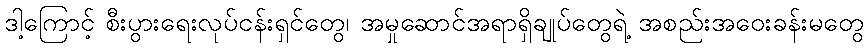
ဒါ့ကြောင့် စီးပွားရေးလုပ်ငန်းရှင်တွေ၊ အမှုဆောင်အရာရှိချုပ်တွေရဲ့ အစည်းအဝေးခန်းမတွေ